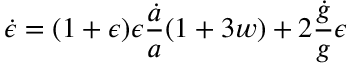
\dot { \epsilon } = ( 1 + \epsilon ) \epsilon { \frac { \dot { a } } { a } } { \left( 1 + 3 w \right) } + 2 { \frac { \dot { g } } { g } } \epsilon